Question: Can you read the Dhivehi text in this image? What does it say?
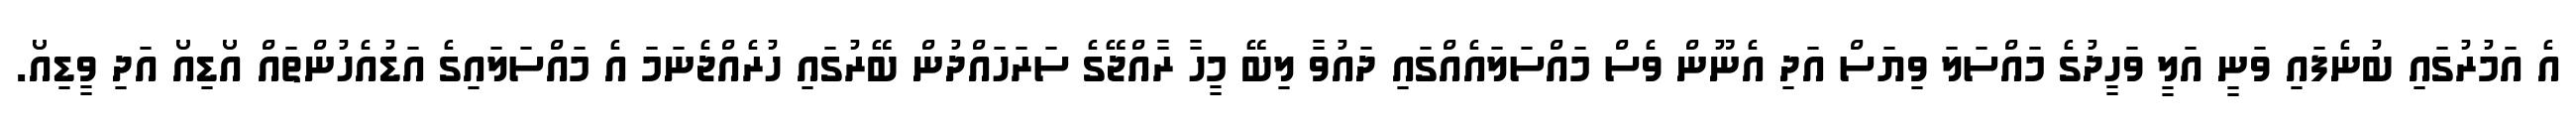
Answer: އެ އަމުރުގައި ބުނެފައި ވަނީ އަލީ ވަހީދުގެ މައްސަލަ ވިޔަސް އަދި އެނޫން ވެސް މައްސަލައެއްގައި ދައުވާ ލިބޭ މީހާ ރާއްޖޭގެ ސަރަހައްދުން ބޭރުގައި ހުރެއްޖެނަމަ އެ މައްސަލައިގެ އަޑުއެހުންތައް އޯޑިއޯ އަދި ވީޑިއޯ.